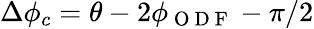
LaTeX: \Delta\phi_{c}=\theta-2\phi_{\mathrm{~O~D~F~}}-\pi/2